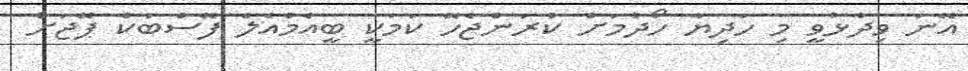
އޭނަ ވިދާޅުވީ މި ހަދިޔާ ހޯދުމަށް ކުރަންޖެހޭ ކަމަކީ ބީއެމްއެލް ފޭސްބުކް ޕޭޖަށް